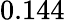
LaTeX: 0.144